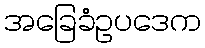
အခြေခံဥပဒေက